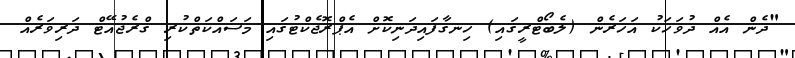
"ދެން އެއް ދުވަހަކު އަހަރެން (ލެބޯޓްރީގައި) ހިނގާފައިދަނިކޮށް އެޕްރޮޖެކްޓުގައި މަސައްކަތްކުރި ގްރެޖުއޭޓް ދަރިވަރެއް